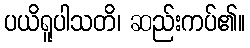
ပယိရူပါသတိ၊ ဆည်းကပ်၏။